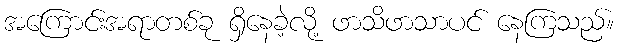
အကြောင်းအရာတစ်ခု ရှိနေခဲ့လို့ ဖာသိဖာသာပင် နေကြသည်။